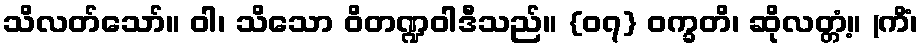
သိလတ်သော်။ ဝါ၊ သိသော ဝိတဏ္ဍဝါဒီသည်။ {၀၇} ဝက္ခတိ၊ ဆိုလတ္တံ့။ (ကိံ၊